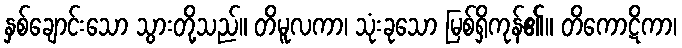
နှစ်ချောင်းသော သွားတို့သည်။ တိမူလကာ၊ သုံးခုသော မြစ်ရှိကုန်၏။ တိကောဋိကာ၊